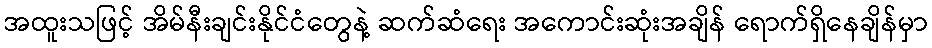
အထူးသဖြင့် အိမ်နီးချင်းနိုင်ငံတွေနဲ့ ဆက်ဆံရေး အကောင်းဆုံးအချိန် ရောက်ရှိနေချိန်မှာ